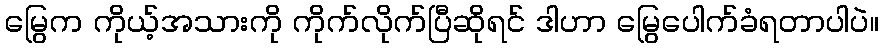
မြွေက ကိုယ့်အသားကို ကိုက်လိုက်ပြီဆိုရင် ဒါဟာ မြွေပေါက်ခံရတာပါပဲ။